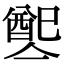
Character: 𨡡